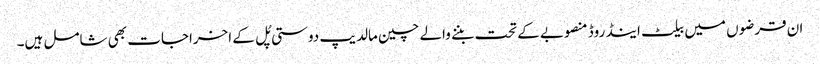
ان قرضوں میں بیلٹ اینڈ روڈ منصوبے کے تحت بننے والے چین مالدیپ دوستی پُل کے اخراجات بھی شامل ہیں۔